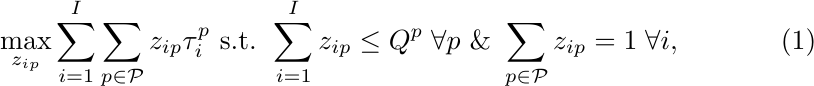
\begin{align}\label{eq_opt}
    \max_{z_{ip}}\sum_{i=1}^{I}\sum_{p\in\mathcal{P}}z_{ip}\tau_{i}^{p} \text{ s.t. }\sum_{i=1}^{I}z_{ip} \leq Q^{p} \thickspace \forall p \text{ \& }\sum_{p\in\mathcal{P}}z_{ip} = 1\thickspace\forall i,
\end{align}